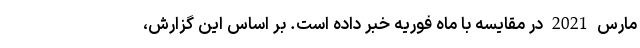
مارس 2021 در مقایسه با ماه فوریه خبر داده است. بر اساس این گزارش،